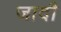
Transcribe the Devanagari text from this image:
जादौ